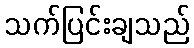
သက်ပြင်းချသည်